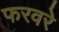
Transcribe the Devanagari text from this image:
फरवरे